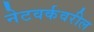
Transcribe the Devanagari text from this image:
नेटवर्कवरील